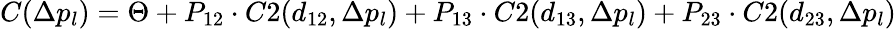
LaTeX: C(\Delta p_{l})=\Theta+P_{12}\cdot C2(d_{12},\Delta p_{l})+P_{13}\cdot C2(d_{13},\Delta p_{l})+P_{23}\cdot C2(d_{23},\Delta p_{l})